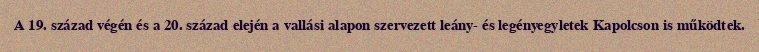
A 19. század végén és a 20. század elején a vallási alapon szervezett leány- és legényegyletek Kapolcson is működtek.